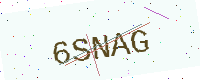
Text: 6SNAG